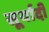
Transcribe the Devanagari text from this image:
सूर्यादी